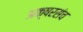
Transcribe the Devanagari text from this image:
अक्षरसंच